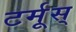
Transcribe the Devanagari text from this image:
टर्मूस्